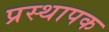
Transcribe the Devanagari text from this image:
प्रस्थापक